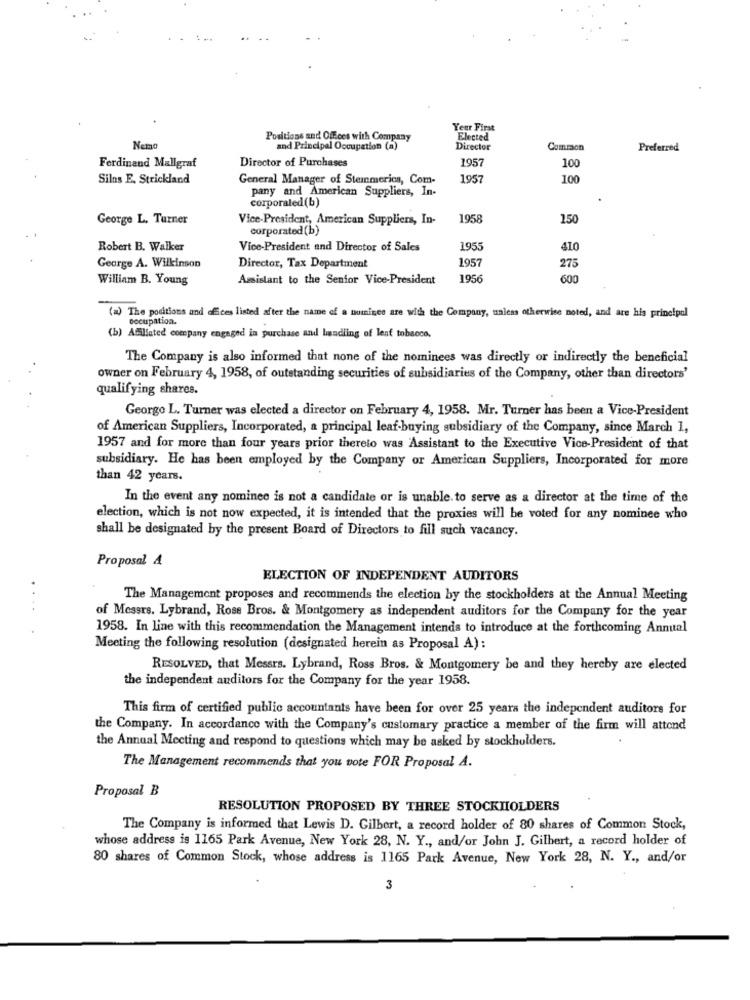
Year First
Positions and Ofces with Company
Elected
Nemo
and Principal Occupation (a)
Director
Common
Preferred
Director of Purchases
1957
Ferdinand Mallgraf
100
Silns E. Strickland
General Manager of Stemmerics, Com-
1957
100
pany and American Suppliers, In-
corporaled(b)
George L. Turner
Vice-President, American Suppliers, In-
1958
150
corporated (b)
Robert B. Walker
Vice-President and Director of Sales
195
410
1957
George A. Wilkinson
Director, Tax Department
275
William B. Young
Assistant to the Senior Vice-President
1956
600
(a) The positions and offices listed after the name of a numises are with the Company, unless otherwise noted, and are his principal
occupation.
(b) Affiliated company engaged in purchase and bundling of lent tobacco,
The Company is also informed that none of the nominees was directly or indirectly the beneficial
owner on February 4, 1958, of outstanding securities of subsidiaries of the Company, other than directors'
qualifying shares.
George L. Turner was elected a director on February 4, 1958. Mr. Turner has been a Vice-President
of American Suppliers, Incorporated, a principal leaf-buying subsidiary of the Company, since March 1,
1957 and for more than four years prior thereto was Assistant to the Executive Vice-President of that
subsidiary. He has been employed by the Company or American Suppliers, Incorporated for more
than 42 years.
In the event any nominee is not a candidate or is unable. to serve as a director at the time of the
election, which is not now expected, it is intended that the proxies will be voted for any nominee who
shall be designated by the present Board of Directors to fill such vacancy.
Proposal 4
ELECTION OF INDEPENDENT AUDITORS
The Management proposes and recommends the election by the stockholders at the Annual Meeting
of Messrs. Lybrand, Rose Bros. & Montgomery as independent auditors for the Company for the year
1958. In line with this recommendation the Management intends to introduce at the forthcoming Anmutal
Meeting the following resolution (designated herein as Proposal A):
RESOLVED, that Messrs. Lybrand, Ross Bros. & Montgomery be and they hereby are elected
the independent auditors for the Company for the year 1958.
This firm of certified public accountants have been for over 25 years the independent auditors for
the Company. In accordance with the Company's customary practice a member of the firm will attend
the Annual Meeting and respond to questions which may be asked by stockholders.
The Management recommends that you vote FOR Proposal A.
Proposal B
RESOLUTION PROPOSED BY THREE STOCKHOLDERS
The Company is informed that Lewis D. Gilbert, a record holder of 80 shares of Common Stock,
whose address is 1165 Park Avenue, New York 28, N. Y ., and/or John J. Gilbert, a record holder of
80 shares of Common Stock, whose address is 1165 Park Avenue, New York 28, N. Y ., and/or
3